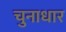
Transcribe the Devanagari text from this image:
चुनाधार